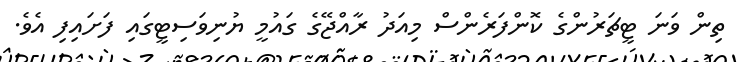
ތިން ވަނަ ޓީޗަރުންގެ ކޮންފަރެންސް މިއަދު ރާއްޖޭގެ ގައުމީ ޔުނިވަސިޓީގައި ފަށައިފި އެވެ.